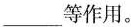
___等作用。